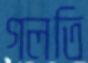
গলতি